Scottish Leaving Certificate Examination, 1958
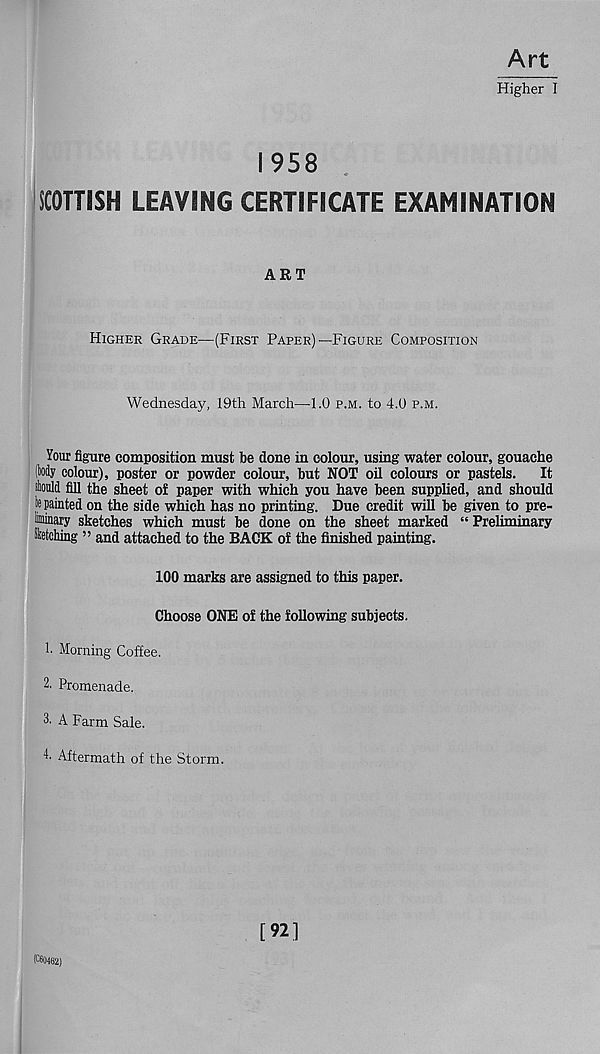
Art
Higher I
1958
SCOTTISH LEAVING CERTIFICATE EXAMINATION
ART
Higher Grade—(First Paper)—Figure Composition
Wednesday, 19th March—1.0 p.m. to 4.0 p.m.
Your figure composition must be done in colour, using water colour, gouache
(body colour), poster or powder colour, but NOT oil colours or pastels. It
sliould fill the sheet of paper with which you have been supplied, and should
je painted on the side which has no printing. Due credit will be given to pre-
Mnary sketches which must be done on the sheet marked “ Preliminary
Sketching ” and attached to the BACK of the finished painting.
100 marks are assigned to this paper.
Choose ONE of the following subjects.
!• Morning Coffee.
2. Promenade.
3' A Farm Sale.
4' Aftermath of the Storm.
[92]